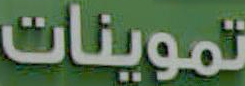
تموينات